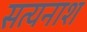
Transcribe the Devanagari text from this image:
सत्यनाश